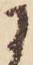
に